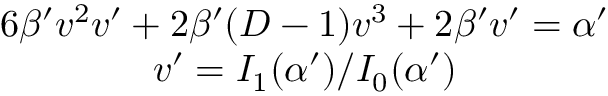
\begin{array} { c } { { 6 \beta ^ { \prime } v ^ { 2 } v ^ { \prime } + 2 \beta ^ { \prime } ( D - 1 ) v ^ { 3 } + 2 \beta ^ { \prime } v ^ { \prime } = \alpha ^ { \prime } } } \\ { { v ^ { \prime } = I _ { 1 } ( \alpha ^ { \prime } ) / I _ { 0 } ( \alpha ^ { \prime } ) } } \end{array}